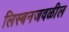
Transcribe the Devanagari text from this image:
लिस्बनजवळील